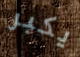
يكبر